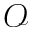
\mathcal { O }